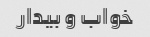
خواب و بیدار